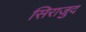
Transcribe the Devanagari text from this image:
सिराजुद